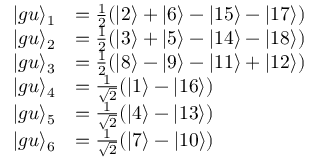
\begin{array} { r l } { \vert g u \rangle _ { 1 } } & { = \frac { 1 } { 2 } ( \vert 2 \rangle + \vert 6 \rangle - \vert 1 5 \rangle - \vert 1 7 \rangle ) } \\ { \vert g u \rangle _ { 2 } } & { = \frac { 1 } { 2 } ( \vert 3 \rangle + \vert 5 \rangle - \vert 1 4 \rangle - \vert 1 8 \rangle ) } \\ { \vert g u \rangle _ { 3 } } & { = \frac { 1 } { 2 } ( \vert 8 \rangle - \vert 9 \rangle - \vert 1 1 \rangle + \vert 1 2 \rangle ) } \\ { \vert g u \rangle _ { 4 } } & { = \frac { 1 } { \sqrt { 2 } } ( \vert 1 \rangle - \vert 1 6 \rangle ) } \\ { \vert g u \rangle _ { 5 } } & { = \frac { 1 } { \sqrt { 2 } } ( \vert 4 \rangle - \vert 1 3 \rangle ) } \\ { \vert g u \rangle _ { 6 } } & { = \frac { 1 } { \sqrt { 2 } } ( \vert 7 \rangle - \vert 1 0 \rangle ) } \end{array}